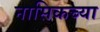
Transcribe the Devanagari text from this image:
नासिकच्या